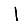
Digit: 1